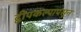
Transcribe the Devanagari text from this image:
द्वीपकल्पापसून